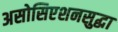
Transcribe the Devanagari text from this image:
असोसिएशनसुद्धा